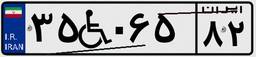
۱۳W۱۵۴۳۲